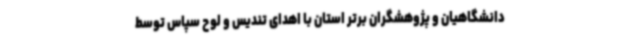
دانشگاهیان و پژوهشگران برتر استان با اهدای تندیس و لوح سپاس توسط